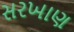
સરખાણ